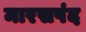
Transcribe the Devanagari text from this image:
मारसपंद